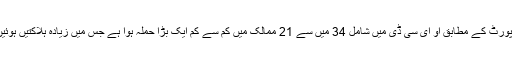
رپورٹ کے مطابق او ای سی ڈی میں شامل 34 میں سے 21 ممالک میں کم سے کم ایک بڑا حملہ ہوا ہے جس میں زیادہ ہلاکتیں ہوئیں۔